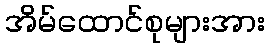
အိမ်ထောင်စုများအား